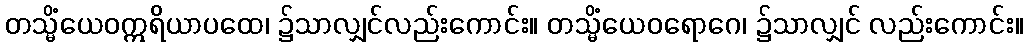
တသ္မိံယေဝဣရိယာပထေ၊ ၌သာလျှင်လည်းကောင်း။ တသ္မိံယေဝရောဂေ၊ ၌သာလျှင် လည်းကောင်း။